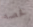
فحصه